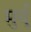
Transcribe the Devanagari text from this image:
मुर्यू